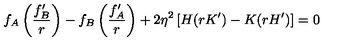
f _ { A } \left( \frac { f _ { B } ^ { \prime } } { r } \right) - f _ { B } \left( \frac { f _ { A } ^ { \prime } } { r } \right) + 2 \eta ^ { 2 } \left[ H ( r K ^ { \prime } ) - K ( r H ^ { \prime } ) \right] = 0